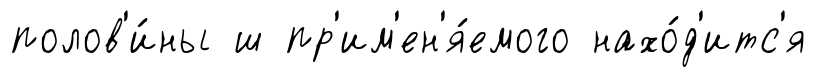
полов'и́ны ш пр'им'ен'я́емого нахо́д'итс'я